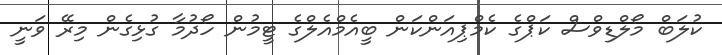
ކުލަބް މޯލްޑިވްސް ކަޕްގެ ކެމްޕިއަންކަން ބީއެމްއެލްގެ ޓީމުން ހޯދުމާ ގުޅިގެން މިރޭ ވަނީ